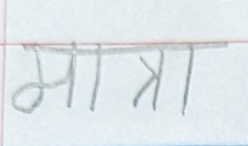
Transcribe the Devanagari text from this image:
मात्रा